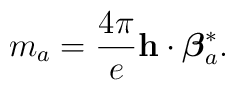
m_a = \frac{4\pi}{e} {\bf h}\cdot {{\mbox{\boldmath $\beta$}}_a^*} .